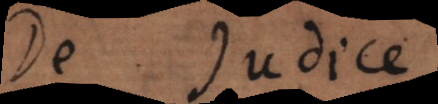
se judicem